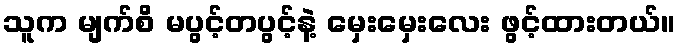
သူက မျက်စိ မပွင့်တပွင့်နဲ့ မှေးမှေးလေး ဖွင့်ထားတယ်။